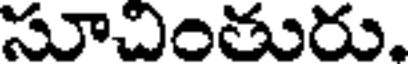
సూచింతురు.